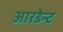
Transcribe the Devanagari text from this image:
आरडेन्ट